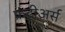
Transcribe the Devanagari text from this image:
फ्रंटीअर्स